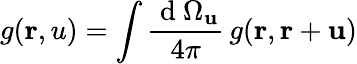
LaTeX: g(\mathbf{r},u)=\int\frac{\mathrm{~d~}\Omega_{\mathbf{u}}}{4\pi}\, g(\mathbf{r},\mathbf{r}+\mathbf{u})